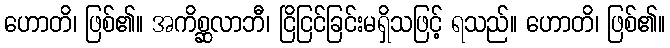
ဟောတိ၊ ဖြစ်၏။ အကိစ္ဆလာဘီ၊ ငြိငြင်ခြင်းမရှိသဖြင့် ရသည်။ ဟောတိ၊ ဖြစ်၏။